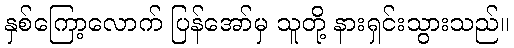
နှစ်ကြော့လောက် ပြန်အော်မှ သူတို့ နားရှင်းသွားသည်။